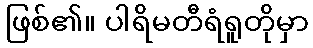
ဖြစ်၏။ ပါရိမတီရံရူတိုမှာ